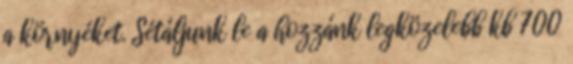
a környéket. Sétáljunk le a hozzánk legközelebb kb 700